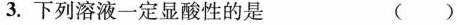
3.下列溶液一定显酸性的是 ( )